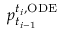
p _ { t _ { i - 1 } } ^ { t _ { i } , \mathrm { O D E } }